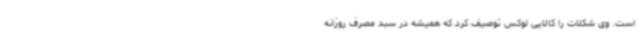
است. وی شکلات را کالایی لوکس توصیف کرد که همیشه در سبد مصرف روزانه